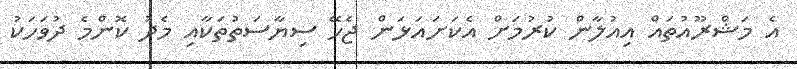
އެ މަޝްރޫއުތައް އިއުލާން ކުރުމަށް އެކަށައަޅަން ޖެހޭ ސިޔާސަތުތަކާއި މެދު ކޮންމެ ދުވަހަކު